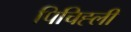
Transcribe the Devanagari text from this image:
पिचिह्ली